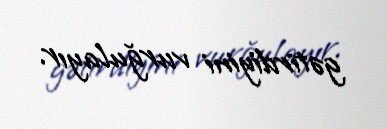
gətirdiyini vurğulayır.